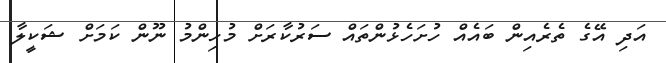
އަދި އޭގެ ތެރެއިން ބައެއް ހުށަހެޅުންތައް ސަރުކާރަށް މުހިންމު ނޫން ކަމަށް ޝަކީލާ